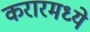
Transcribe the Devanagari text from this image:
करारमध्ये